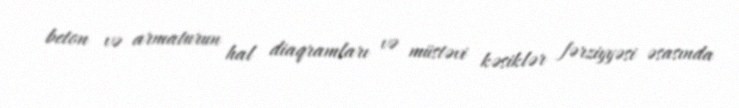
beton və armaturun hal diaqramları və müstəvi kəsiklər fərziyyəsi əsasında